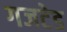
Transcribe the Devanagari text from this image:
गजटेड